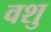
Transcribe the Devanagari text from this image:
वशु